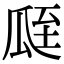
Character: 𦤻